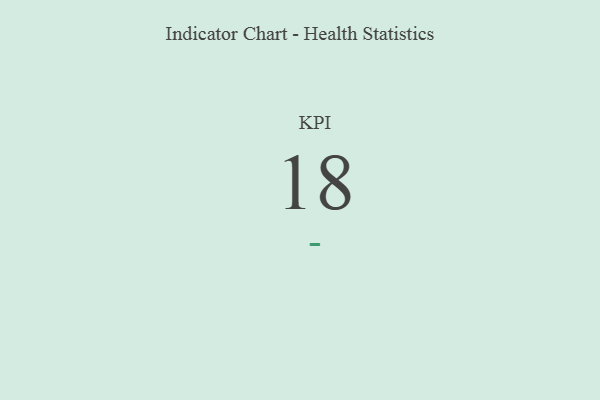
{"axis": {"x": "KPI", "y": "Value"}, "legend": [""], "data": [{"x": "KPI", "y": 18, "type": ""}]}